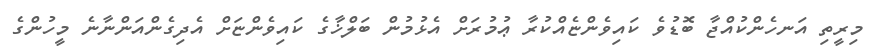
މިރީތި އަނހެންކުއްޖާ ބޮޑުވެ ކައިވެންޏެއްކުރާ ޢުމުރަށް އެޅުމުން ބަލްޚާގެ ކައިވެންޏަށް އެދިގެންއަންނާނެ މީހުންގެ